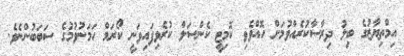
އިމްތިޔާޒުގެ ބިލު ދިރާސާކުރެއްވުމަށް ހޮއްވެވި ކޮމިޓީީ ކެންސަލް ކުރެވިފައިވަނީ ކޯރަމް ހަމަނުވުމުގެ ސަބަބުންނެވެ.